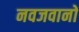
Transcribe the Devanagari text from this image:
नवजवानों